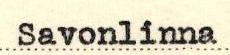
Savonlinna